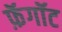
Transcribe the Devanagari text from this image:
फ़ॅगॉट